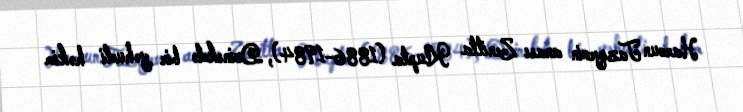
Haroun Tazıyevin anası Zenitta Klupta (1886-1984), Dvinskdə bir yəhudi həkim